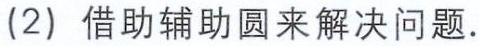
(2) 借助辅助圆来解决问题.